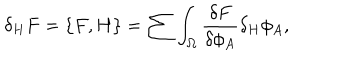
LaTeX: \delta _ { H } F = \{ F , H \} = \sum \int _ { \Omega } { \frac { \delta F } { \delta \phi _ { A } } } \delta _ { H } \phi _ { A } ,